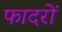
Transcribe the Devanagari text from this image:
फादरों